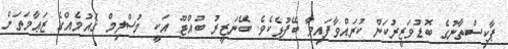
ޕާކިސްތާނުގެ ބޮޑުވަޒީރުކަން ކުރައްވާފައިވާ ބޭފުޅެކެވެ. ބޭނަޒީރު ބުއްޓޫ އަކީ މުސްލިމް ޤައުމެއްގެ ޒަޢާމަތަށް